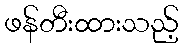
ဖန်တီးထားသည့်